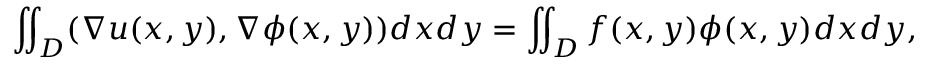
\iint _ { D } ( \nabla u ( x , y ) , \nabla \phi ( x , y ) ) d x d y = \iint _ { D } f ( x , y ) \phi ( x , y ) d x d y ,